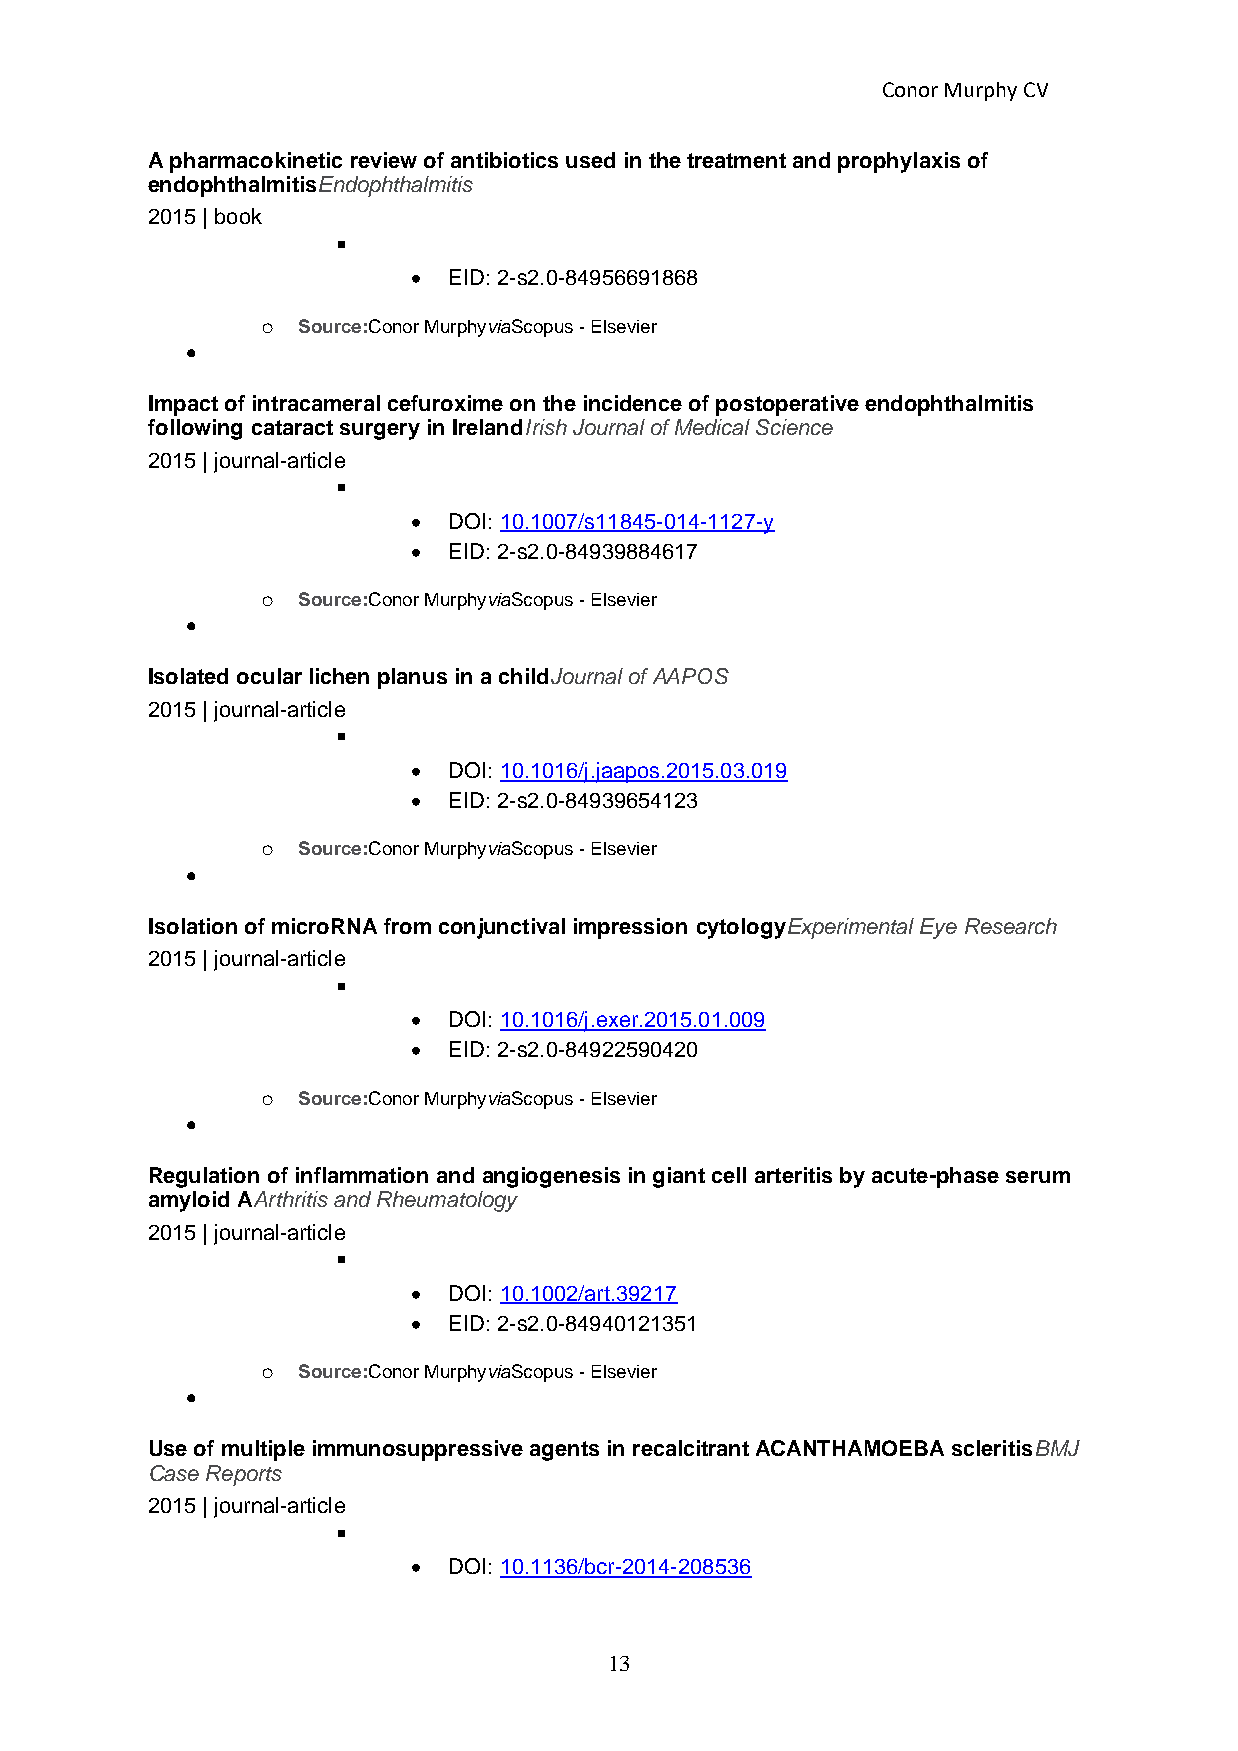
Conor Murphy CV
 A pharmacokinetic review of antibiotics used in the treatment and prophylaxis of
 endophthalmitisEndophthalmitis
 2015 | book
 ▪
 •  EID: 2-s2.0-84956691868
 o  Source:Conor MurphyviaScopus - Elsevier
 •
 Impact of intracameral cefuroxime on the incidence of postoperative endophthalmitis
 following cataract surgery in IrelandIrish Journal of Medical Science
 2015 | journal-article
 ▪
 •  DOI: 10.1007/s11845-014-1127-y
 •  EID: 2-s2.0-84939884617
 o  Source:Conor MurphyviaScopus - Elsevier
 •
 Isolated ocular lichen planus in a childJournal of AAPOS
 2015 | journal-article
 ▪
 •  DOI: 10.1016/j.jaapos.2015.03.019
 •  EID: 2-s2.0-84939654123
 o  Source:Conor MurphyviaScopus - Elsevier
 •
 Isolation of microRNA from conjunctival impression cytologyExperimental Eye Research
 2015 | journal-article
 ▪
 •  DOI: 10.1016/j.exer.2015.01.009
 •  EID: 2-s2.0-84922590420
 o  Source:Conor MurphyviaScopus - Elsevier
 •
 Regulation of inflammation and angiogenesis in giant cell arteritis by acute-phase serum
 amyloid AArthritis and Rheumatology
 2015 | journal-article
 ▪
 •  DOI: 10.1002/art.39217
 •  EID: 2-s2.0-84940121351
 o  Source:Conor MurphyviaScopus - Elsevier
 •
 Use of multiple immunosuppressive agents in recalcitrant ACANTHAMOEBA scleritisBMJ
 Case Reports
 2015 | journal-article
 ▪
 •  DOI: 10.1136/bcr-2014-208536
 13